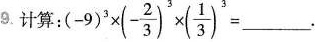
9、计算：$$( - 9 ) ^ { 3 } \times ( - \frac { 2 } { 3 } ) ^ { 3 } \times ( \frac { 1 } { 3 } ) ^ { 3 } = _ _ _$$